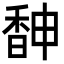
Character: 𩡃